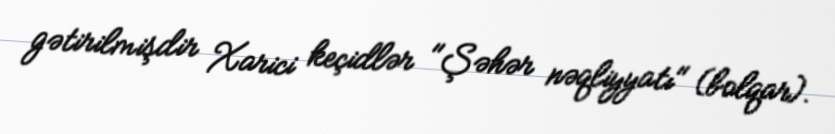
gətirilmişdir Xarici keçidlər "Şəhər nəqliyyatı" (bolqar).